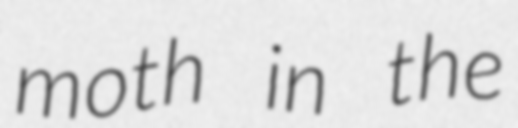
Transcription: moth in the